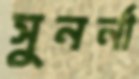
সুনর্না